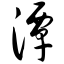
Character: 潭